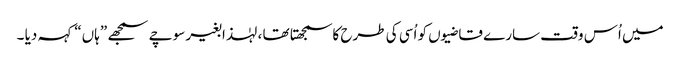
میں اُس وقت سارے قاضیوں کو اُسی کی طرح کاسمجھتا تھا ، لہٰذا بغیر سوچے سمجھے ”ہاں“ کہہ دیا ۔